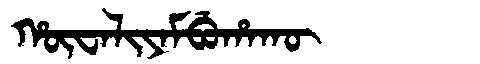
Manchu: ᡥᡡᠸᠠᠯᡳᠶᠠᠮᠪᡠᡥᠠᡴᡡ
Romanization: HŪWALIYAMBUHAKŪ